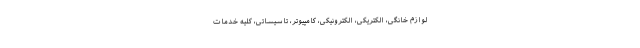
لوازم خانگی، الکتریکی، الکترونیکی، کامپیوتر، تاسیساتی، کلیه خدمات